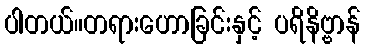
ပါတယ်။တရားဟောခြင်းနှင့် ပရိနိဗ္ဗာန်